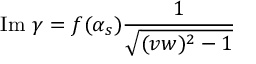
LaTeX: \mathrm { I m ~ } \gamma = f ( \alpha _ { s } ) \frac { 1 } { \sqrt { ( v w ) ^ { 2 } - 1 } }